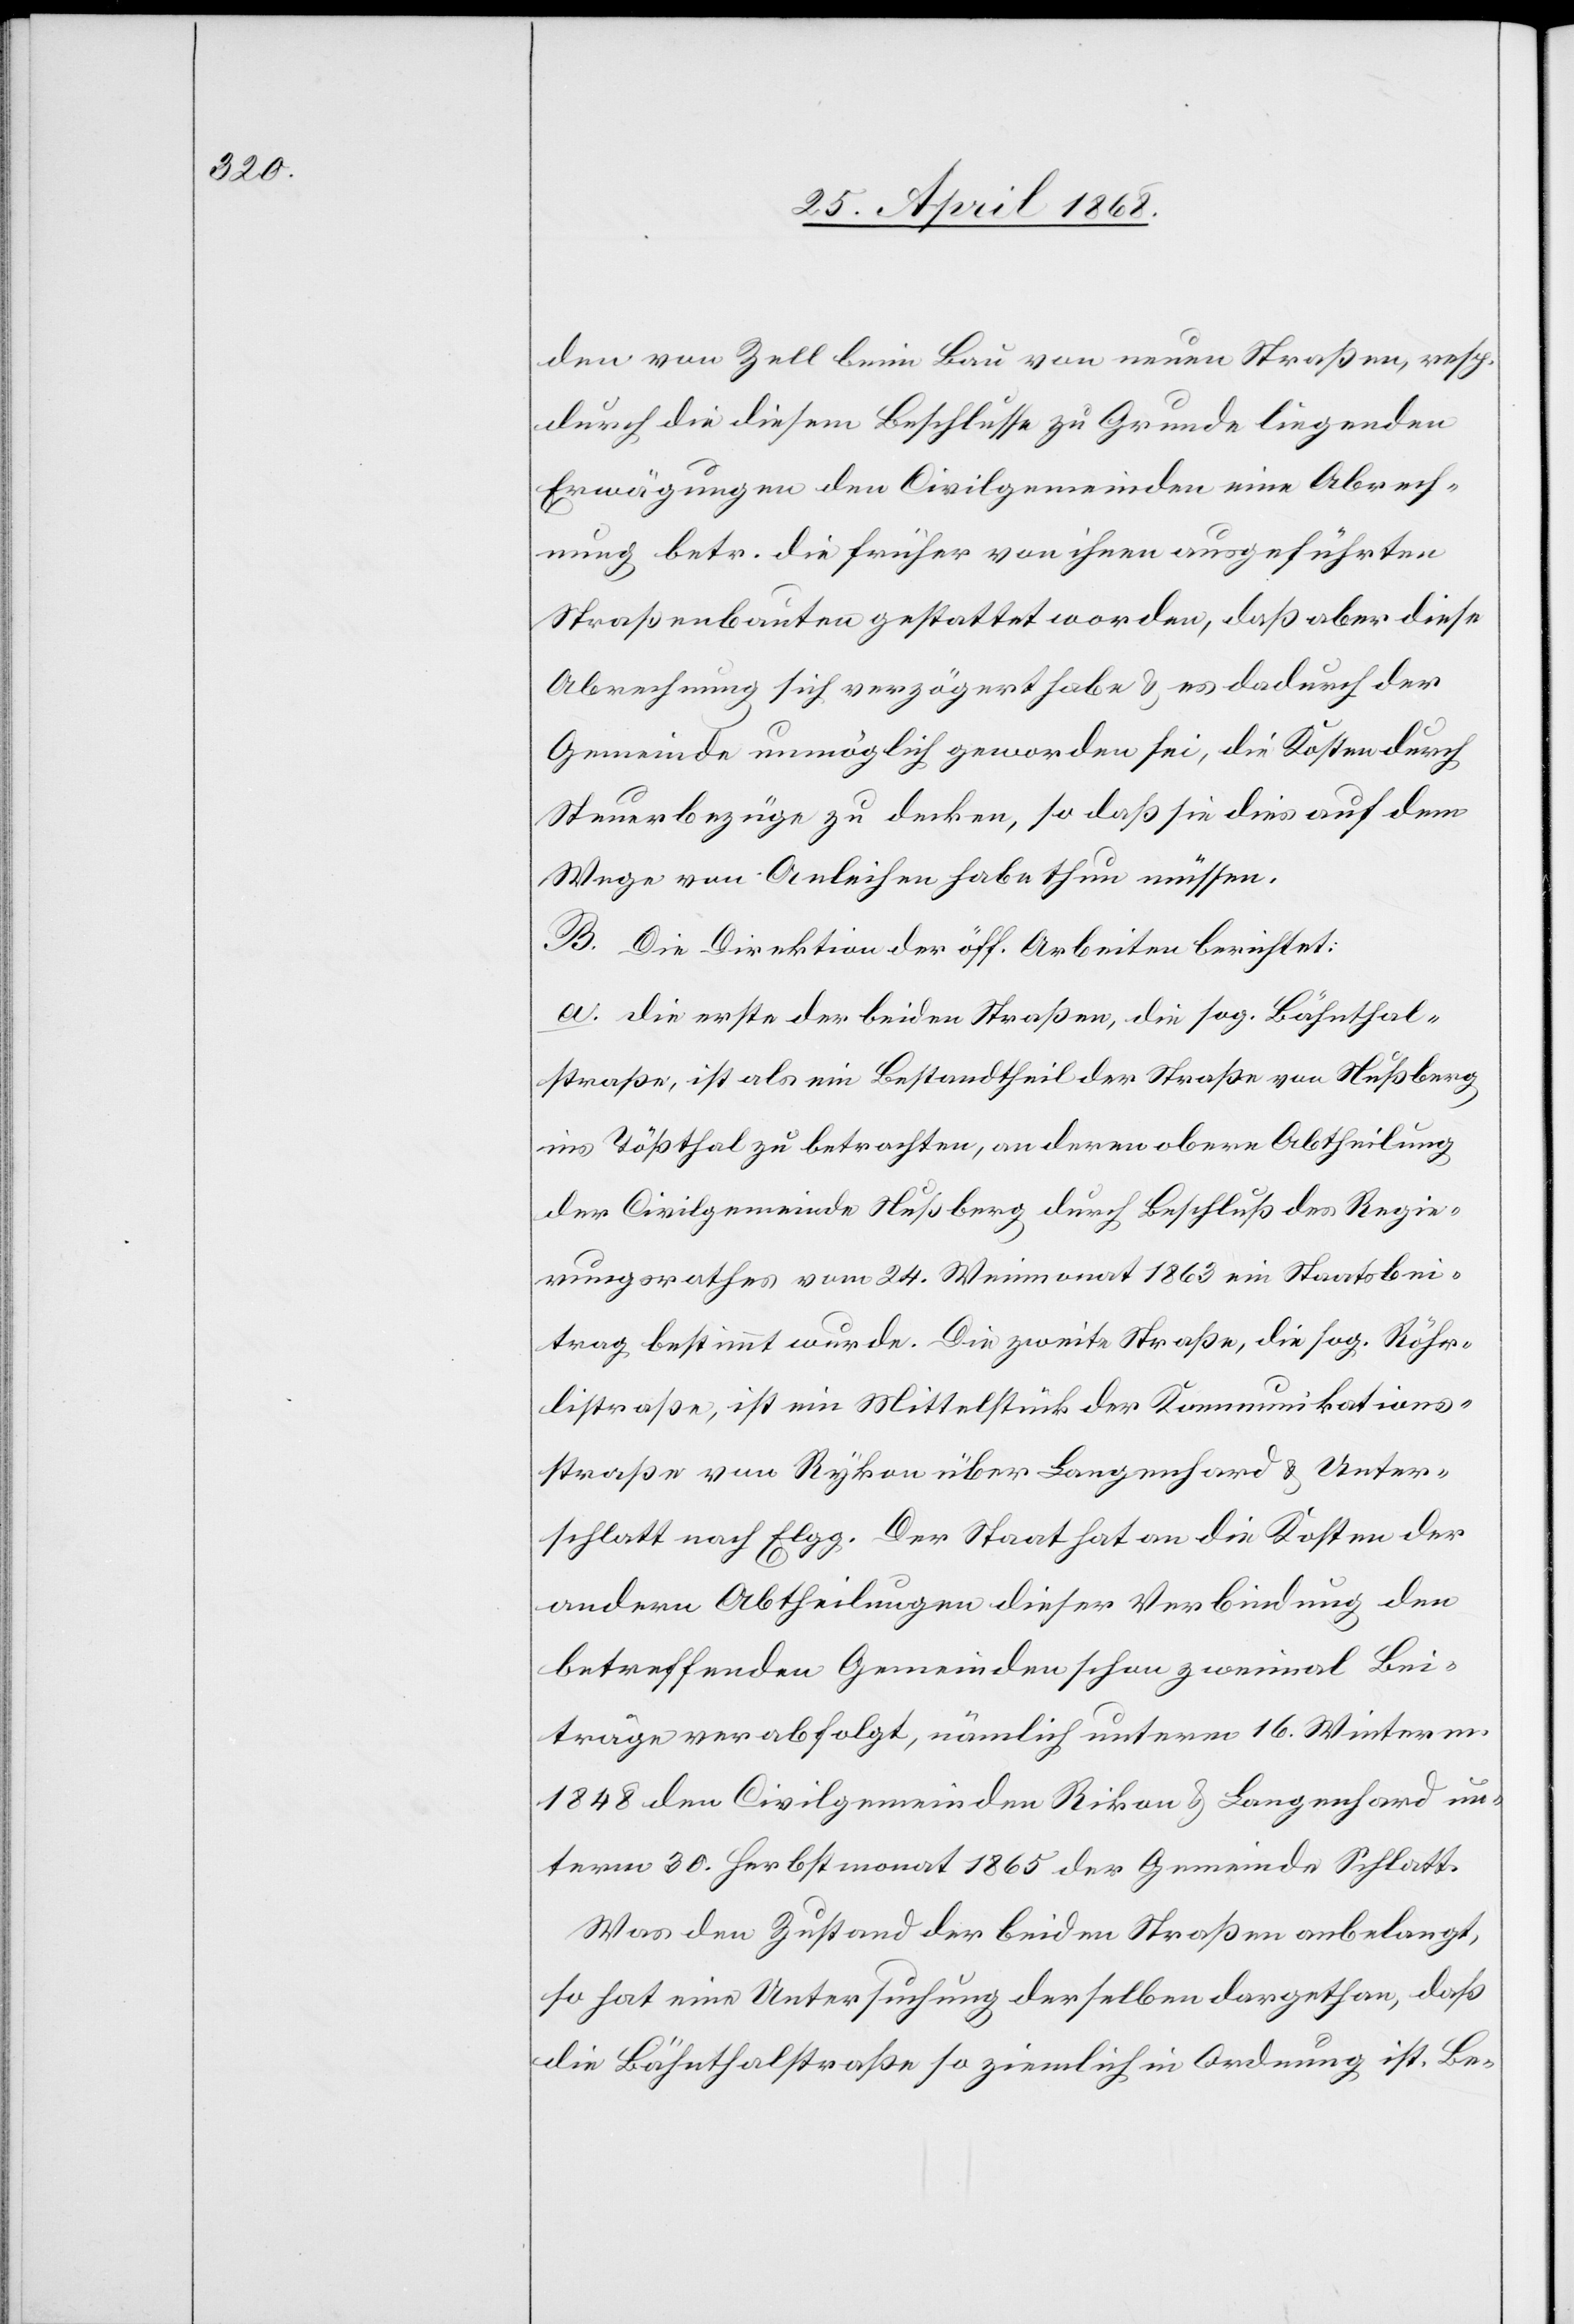
den von Zell beim Bau von neuen Straßen, resp.
durch die diesem Beschlusse zu Grunde liegenden
Erwägungen den Civilgemeinden eine Abrech¬
nung betr. die früher von ihnen ausgeführten
Straßenbauten gestattet worden, daß aber diese
Abrechnung sich verzögert habe & es dadurch der
Gemeinde unmöglich geworden sei, die Kosten durch
Steuerbezüge zu decken, so daß sie dies auf dem
Wege von Anleihen habe thun müssen.
B. Die Direktion der öff. Arbeiten berichtet:
a. die erste der beiden Straßen, die sog. Bähnthal¬
straße, ist als ein Bestandtheil der Straße von Nußberg
ins Tößthal zu betrachten, an deren obere Abtheilung
der Civilgemeinde Nußberg durch Beschluß des Regie¬
rungsrathes vom 24. Weinmonat 1863 ein Staatsbei¬
trag bestimmt wurde. Die zweite Straße, die sog. Röhr¬
listraße, ist ein Mittelstück der Kommunikations¬
straße von Rykon über Langenhard & Unter¬
schlatt nach Elgg. Der Staat hat an die Kosten der
andern Abtheilungen dieser Verbindung den
betreffenden Gemeinden schon zweimal Bei¬
träge verabfolgt, nämlich unterm 16. Winterm.
1848 den Civilgemeinden Rikon & Langenhard[,] un¬
term 30. Herbstmonat 1865 der Gemeinde Schlatt.
Was den Zustand der beiden Straßen anbelangt,
so hat eine Untersuchung derselben dargethan, daß
die Bähnthalstraße so ziemlich in Ordnung ist. Be-